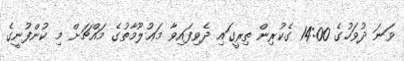
ވަނަ ދުވަހުގެ 14:00 ގެކުރިން ތިރީގައި ދެވިފައިވާ މަޢުލޫމާތުގެ މައްޗަށް މި ކުންފުނީގެ